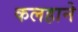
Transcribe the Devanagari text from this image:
कलहाने